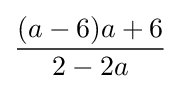
{\frac {(a-6)a+6}{2-2a}}